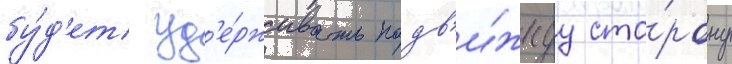
бу́д'ет уд'е́рживать подв'и́жнуу сто́рону